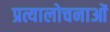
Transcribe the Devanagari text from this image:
प्रत्यालोचनाओं